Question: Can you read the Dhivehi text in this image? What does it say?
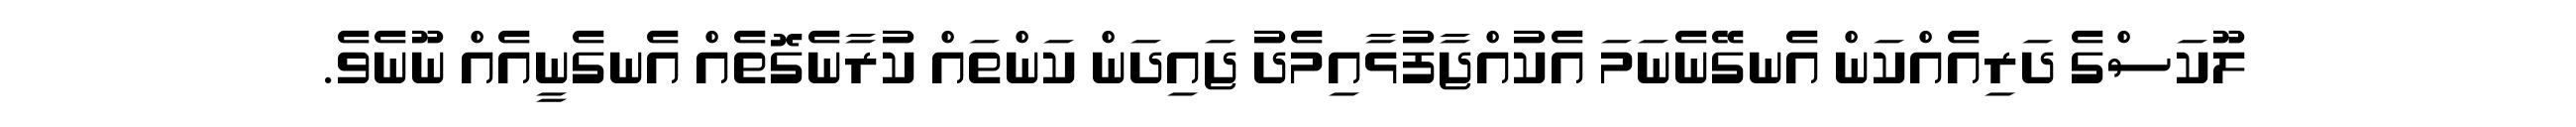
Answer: ލޫކަސްގެ ދަރިއެއްކަން އެނގޭނެނަމަ އެކުއްޖާފުޅާއިމެދު ޖައިދަން ކަންތައް ކުރާނެގޮތެއް އެނގެނީއެއް ނޫނެވެ.